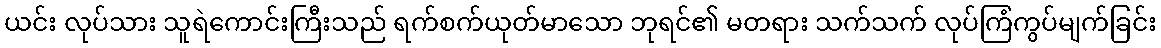
ယင်း လုပ်သား သူရဲကောင်းကြီးသည် ရက်စက်ယုတ်မာသော ဘုရင်၏ မတရား သက်သက် လုပ်ကြံကွပ်မျက်ခြင်း